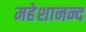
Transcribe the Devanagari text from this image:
महेशानन्द